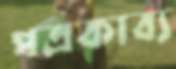
পত্রকাব্য